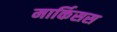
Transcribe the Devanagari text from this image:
मार्किसस